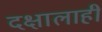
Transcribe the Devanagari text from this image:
दक्षालाही